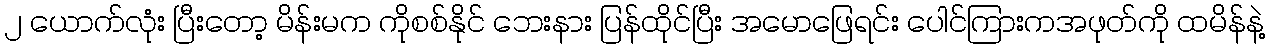
၂ ယောက်လုံး ပြီးတော့ မိန်းမက ကိုစစ်နိုင် ဘေးနား ပြန်ထိုင်ပြီး အမောဖြေရင်း ပေါင်ကြားကအဖုတ်ကို ထမိန်နဲ့